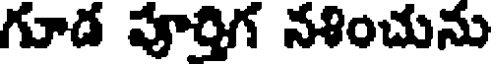
గూడ పూర్తిగ నశించును